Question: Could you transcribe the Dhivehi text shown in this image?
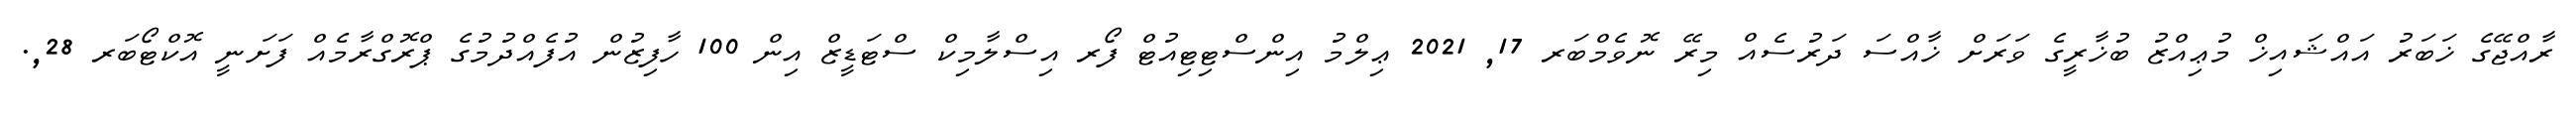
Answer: ރާއްޖޭގެ ޚަބަރު އައްޝައިޚް މުޢިއްޒު ބުޚާރީގެ ވަރަށް ޚާއްސަ ދަރުސެއް މިރޭ ނޮވެމްބަރ 17, 2021 ޢިލްމު އިންސްޓިޓިއުޓް ފޯރ އިސްލާމިކް ސްޓަޑީޒް އިން 100 ހާފިޒުން އުފެއްދުމުގެ ޕްރޮގްރާމެއް ފަށަނީ އޮކްޓޯބަރ 28,.